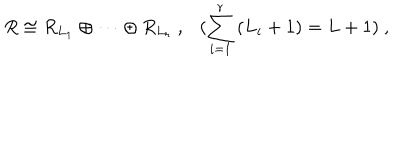
R \cong R _ { L _ { 1 } } \oplus \cdots \oplus R _ { L _ { r } } ~ , ( \sum _ { i = 1 } ^ { r } \, ( L _ { i } + 1 ) = L + 1 ) ~ ,